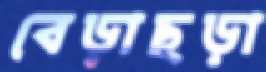
বেড়াছড়া